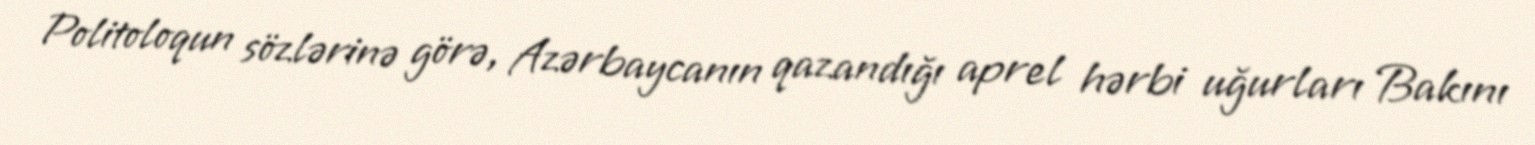
Politoloqun sözlərinə görə, Azərbaycanın qazandığı aprel hərbi uğurları Bakını